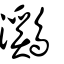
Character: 鸂